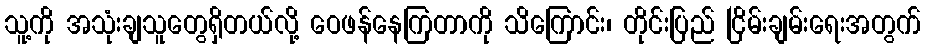
သူ့ကို အသုံးချသူတွေရှိတယ်လို့ ဝေဖန်နေကြတာကို သိကြောင်း၊ တိုင်းပြည် ငြိမ်းချမ်းရေးအတွက်